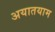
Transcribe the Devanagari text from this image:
अयातयाम